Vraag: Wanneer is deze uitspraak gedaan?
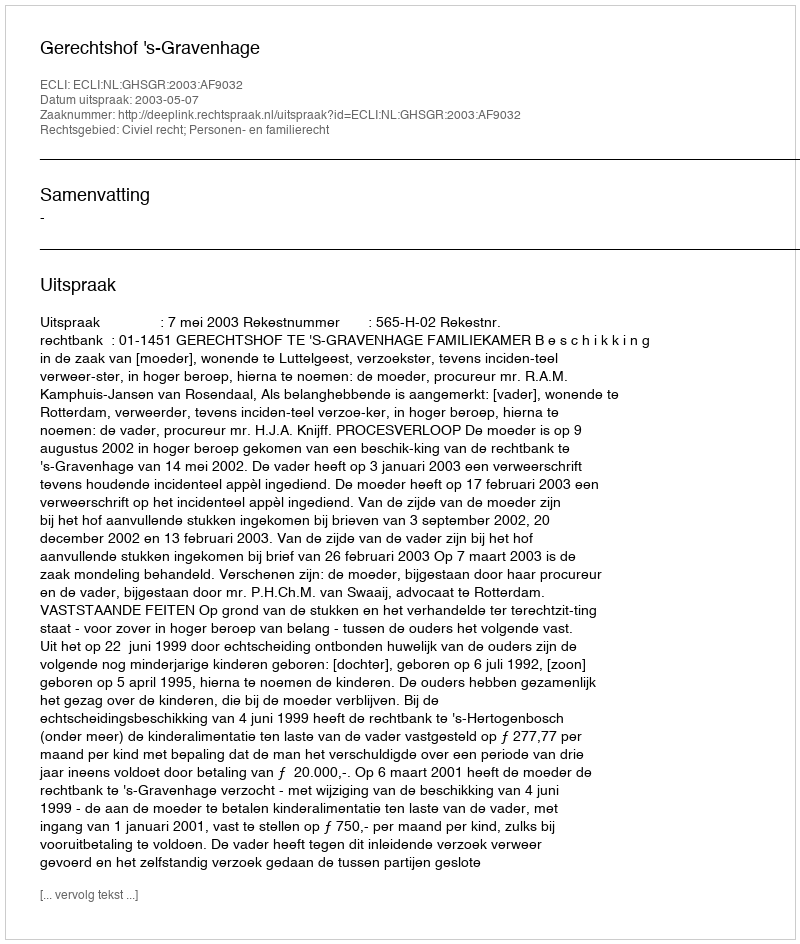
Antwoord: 2003-05-07